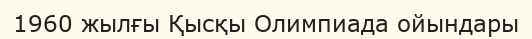
1960 жылғы Қысқы Олимпиада ойындары